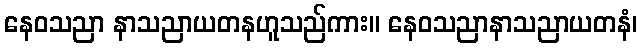
နေဝသညာ နာသညာယတနဟူသည်ကား။ နေဝသညာနာသညာယတနံ၊